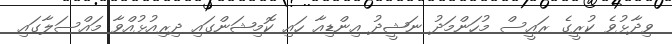
ވިދާޅުވެ ކުރީގެ ރައީސް މުހަންމަދު ނަޝީދު އިންޑިއާ ހައި ކޮމިޝަންގައި ދިރިއުޅުއްވާ މައްސަލާގައި